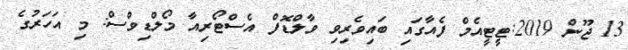
13 ޖޫން 2019:ޓީޓީއެމް ފެއާގައި ބައިވެރިވި ވާލްޑޮފް އެސްޓޯރިއާ މޯލްޑިވްސް: މި އަހަރުގެ